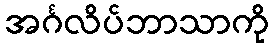
အင်္ဂလိပ်ဘာသာကို